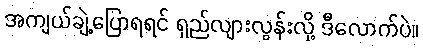
အကျယ်ချဲ့ပြောရရင် ရှည်လျားလွန်းလို့ ဒီလောက်ပဲ။